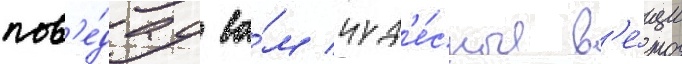
пов'е́дау ва́м чуд'е́сные в'е́щи